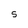
Character: 5